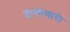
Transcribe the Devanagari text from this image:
ब्राम्हचारी